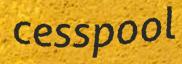
cesspool